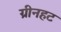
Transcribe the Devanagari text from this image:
ग्रीनहट